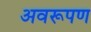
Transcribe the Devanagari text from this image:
अवरूपण